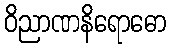
ဝိညာဏနိရောဓော